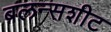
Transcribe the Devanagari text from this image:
बलन्सशीट